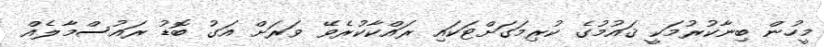
މީހުން ބިނާކުރުމަކީ ޤައުމުގެ ކުރިމަގަށްޓަކައި ރައްކާކުރެވޭ ވަރަށް އަގު ބޮޑު ރައުސްމާލެއް